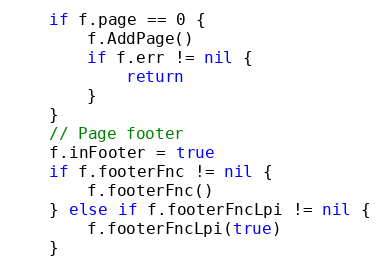
Language: Go
	if f.page == 0 {
		f.AddPage()
		if f.err != nil {
			return
		}
	}
	// Page footer
	f.inFooter = true
	if f.footerFnc != nil {
		f.footerFnc()
	} else if f.footerFncLpi != nil {
		f.footerFncLpi(true)
	}